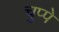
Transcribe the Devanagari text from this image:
चुप्पे